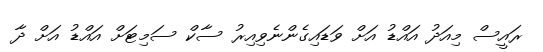
ރައީސް މިއަދު އައްޑު އަށް ވަޑައިގެންނެވިއިރު ސާކް ސަމިޓަށް އައްޑު އަށް ދާ